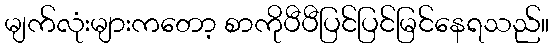
မျက်လုံးများကတော့ စာကိုပီပီပြင်ပြင်မြင်နေရသည်။